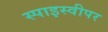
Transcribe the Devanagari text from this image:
स्पाइस्वीपर